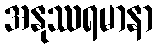
အနုဿရမာနာ